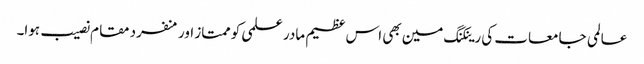
عالمی جامعات کی رینکنگ مین بھی اس عظیم مادر علمی کو ممتاز اور منفرد مقام نصیب ہوا۔